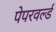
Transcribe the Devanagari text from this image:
पेपरवर्ल्ड